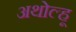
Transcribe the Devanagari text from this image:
अथोल्हू